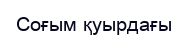
Соғым қуырдағы